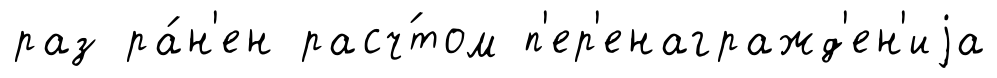
раз ра́н'ен расч́том п'ер'енагражд'ен'иjа